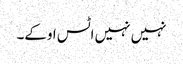
نہیں نہیں اٹس اوکے۔